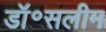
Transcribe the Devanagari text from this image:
डॉ॰सलीम